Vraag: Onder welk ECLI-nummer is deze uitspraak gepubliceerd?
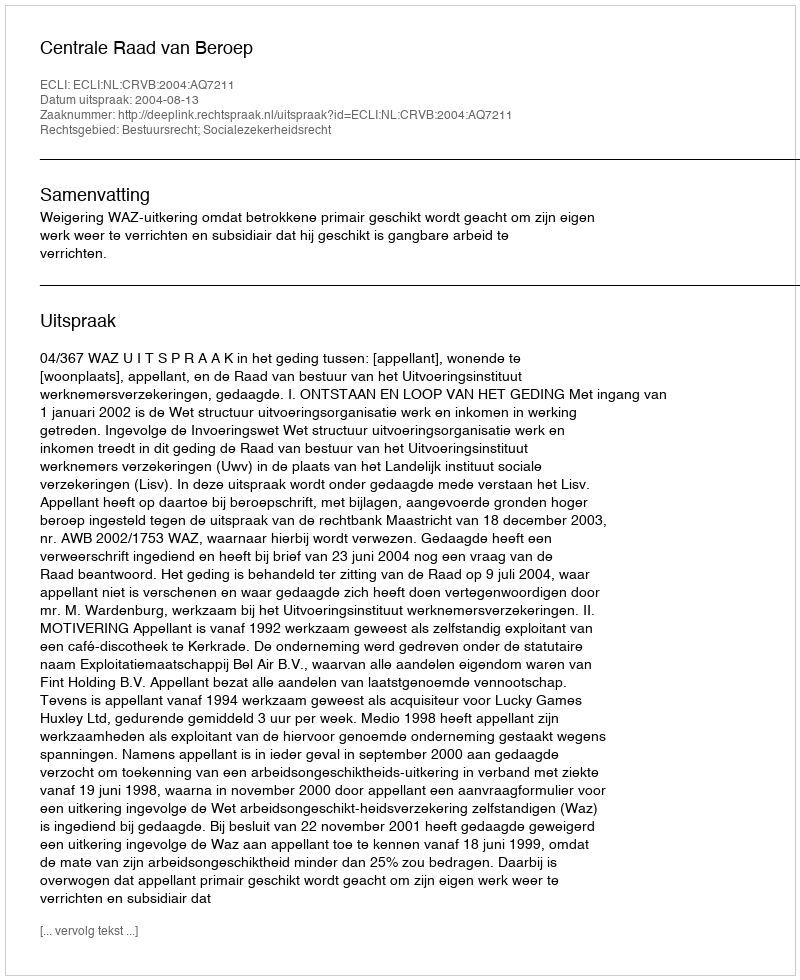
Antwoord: ECLI:NL:CRVB:2004:AQ7211